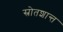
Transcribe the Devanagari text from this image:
स्रोतशान्त